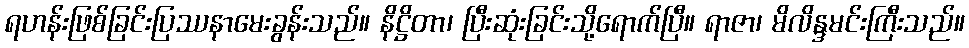
ရဟန်းဖြစ်ခြင်းပြဿနာမေးခွန်းသည်။ နိဋ္ဌိတာ၊ ပြီးဆုံးခြင်းသို့ရောက်ပြီ။ ရာဇာ၊ မိလိန္ဒမင်းကြီးသည်။